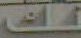
نك